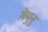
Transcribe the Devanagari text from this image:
गेमुनु